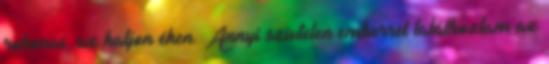
rokonai, az haljon éhen. Annyi szívtelen emberrel találkoztam az